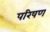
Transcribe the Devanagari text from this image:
परिषण